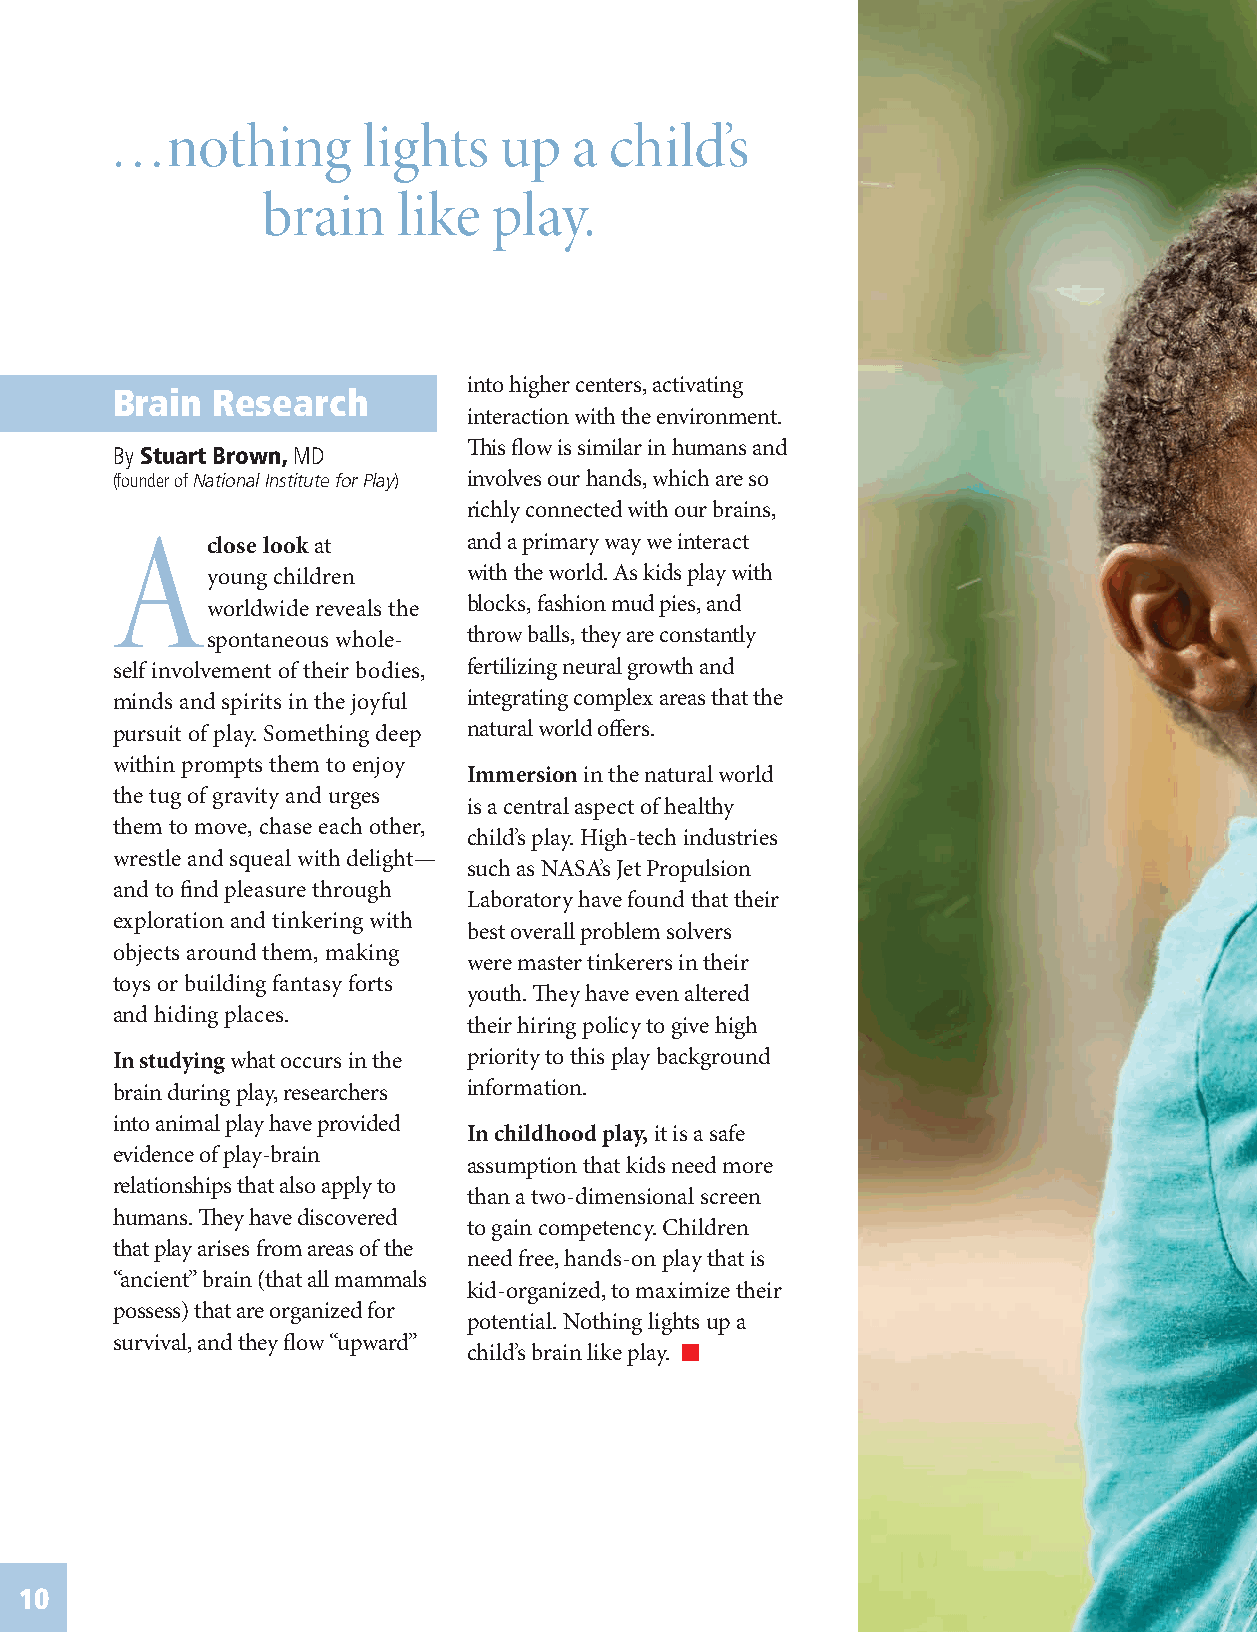
…nothing         lights   up   a child’s
 brain    like   play.
 into higher centers, activating
 Brain  Research
 interaction with the environment.
 This flow is similar in humans and
 By Stuart Brown, MD
 (founder of National Institute for Play) involves our hands, which are so
 richly connected with our brains,
 A      close look at    and a primary way we interact
 young children   with the world. As kids play with
 worldwide reveals the blocks, fashion mud pies, and
 spontaneous whole- throw balls, they are constantly
 self involvement of their bodies, fertilizing neural growth and
 minds and spirits in the joyful integrating complex areas that the
 pursuit of play. Something deep natural world offers.
 within prompts them to enjoy
 Immersion in the natural world
 the tug of gravity and urges
 is a central aspect of healthy
 them to move, chase each other,
 child’s play. High-tech industries
 wrestle and squeal with delight—
 such as NASA’s Jet Propulsion
 and to find pleasure through
 Laboratory have found that their
 exploration and tinkering with
 best overall problem solvers
 objects around them, making
 were master tinkerers in their
 toys or building fantasy forts
 youth. They have even altered
 and hiding places.
 their hiring policy to give high
 In studying what occurs in the priority to this play background
 brain during play, researchers information.
 into animal play have provided
 In childhood play, it is a safe
 evidence of play-brain
 assumption that kids need more
 relationships that also apply to
 than a two-dimensional screen
 humans. They have discovered
 to gain competency. Children
 that play arises from areas of the
 need free, hands-on play that is
 “ancient” brain (that all mammals
 kid-organized, to maximize their
 possess) that are organized for
 potential. Nothing lights up a
 survival, and they flow “upward”
 child’s brain like play.
 10